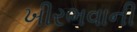
ખીરભવાની